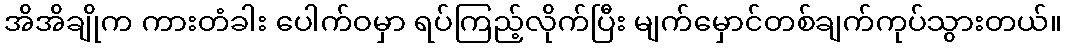
အိအိချိုက ကားတံခါး ပေါက်ဝမှာ ရပ်ကြည့်လိုက်ပြီး မျက်မှောင်တစ်ချက်ကုပ်သွားတယ်။